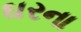
ઘરના